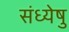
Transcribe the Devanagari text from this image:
संध्येषु